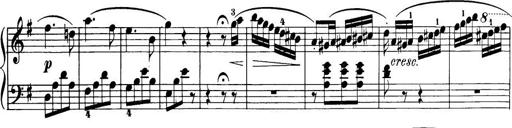
Title: 32 Sonatinas and Rondos for the Piano
Composer: Richard Kleinmichel